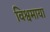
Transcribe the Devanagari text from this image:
विश्वमाया